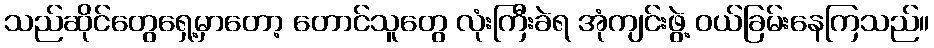
သည်ဆိုင်တွေရှေ့မှာတော့ တောင်သူတွေ လုံးကြီးခဲရ အုံကျင်းဖွဲ့ ဝယ်ခြမ်းနေကြသည်။